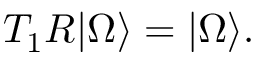
T _ { 1 } R \vert \Omega \rangle = \vert \Omega \rangle .